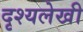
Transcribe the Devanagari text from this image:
दृश्यलेखी